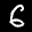
Label: 6